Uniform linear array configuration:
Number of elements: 24
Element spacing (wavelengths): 1
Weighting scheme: kaiser
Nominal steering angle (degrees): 45
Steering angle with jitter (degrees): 43.638
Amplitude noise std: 0.05
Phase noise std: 0.05

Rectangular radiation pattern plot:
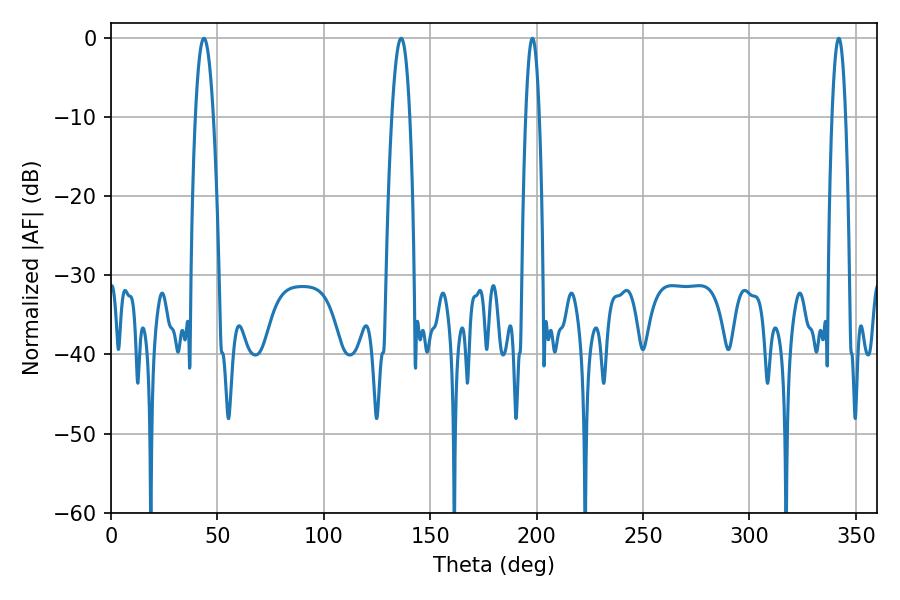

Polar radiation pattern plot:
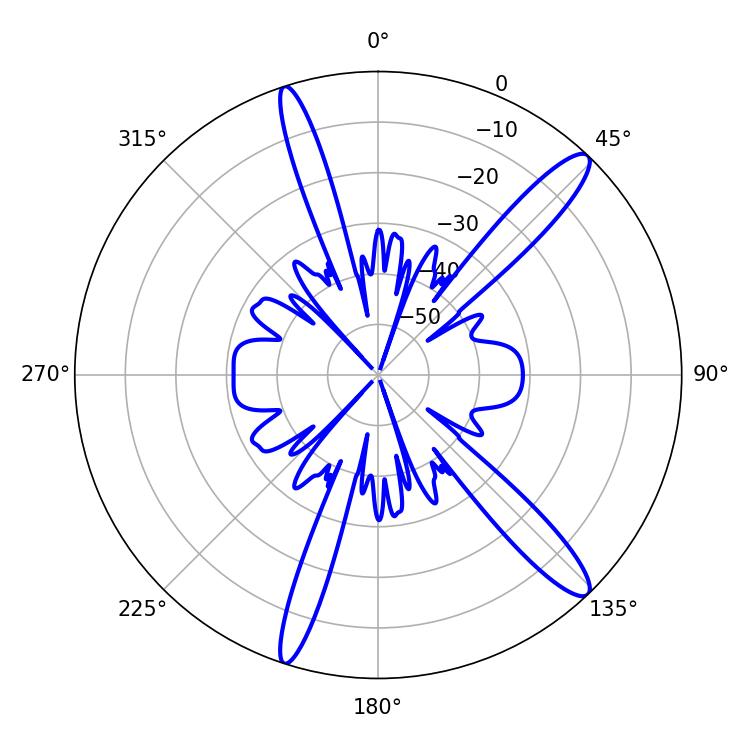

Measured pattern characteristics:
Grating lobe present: TRUE
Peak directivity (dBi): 13.974
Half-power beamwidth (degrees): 3.42
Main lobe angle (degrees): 342